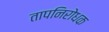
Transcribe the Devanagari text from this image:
तापनिरोधक